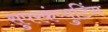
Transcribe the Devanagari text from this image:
सुपरकंप्युटिंग